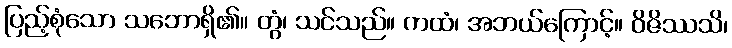
ပြည့်စုံသော သဘောရှိ၏။ တွံ၊ သင်သည်။ ကထံ၊ အဘယ်ကြောင့်။ ဝိဇိဿသိ၊